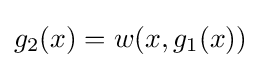
g_{2}(x)=w(x,g_{1}(x))